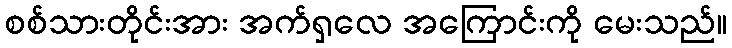
စစ်သားတိုင်းအား အက်ရှလေ အကြောင်းကို မေးသည်။